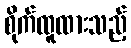
စိုက်ထူထားသည့်